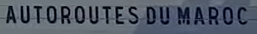
AUTOROUTES DU MAROC